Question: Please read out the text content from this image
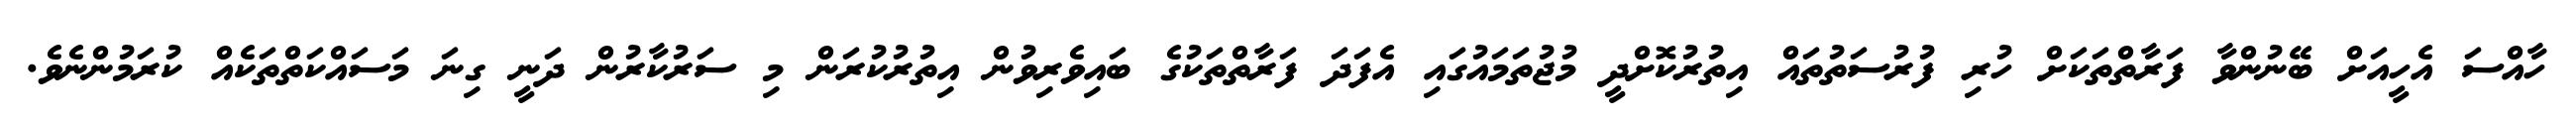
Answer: ހާއްސަ އެހީއަށް ބޭނުންވާ ފަރާތްތަކަށް ހުރި ފުރުސަތުތައް އިތުރުކޮށްދީ މުޖުތަމައުގައި އެފަދަ ފަރާތްތަކުގެ ބައިވެރިވުން އިތުރުކުރަން މި ސަރުކާރުން ދަނީ ގިނަ މަސައްކަތްތަކެއް ކުރަމުންނެވެ.